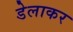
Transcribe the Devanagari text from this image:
डेलाकर